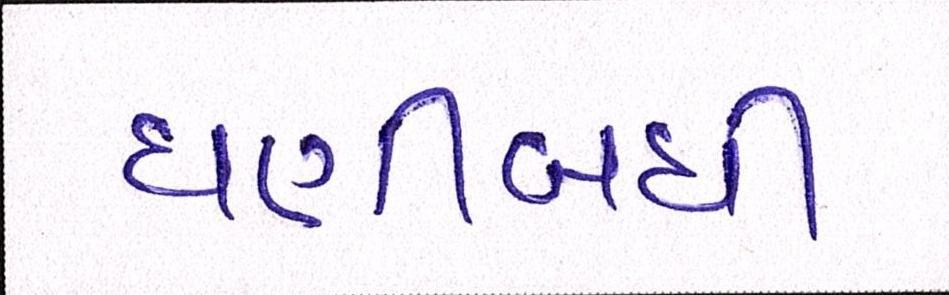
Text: ઘણીબધી